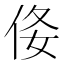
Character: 𠈍